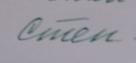
Signature authenticity: forged